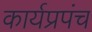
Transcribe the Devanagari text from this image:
कार्यप्रपंच